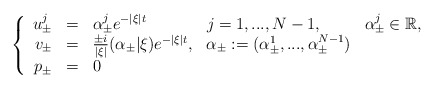
\begin{align*} \left\{\begin{array}{rclll}u_\pm^j & = & \alpha^j_\pm e^{-|\xi| t} & j = 1,...,N-1, & \alpha^j_\pm \in \mathbb{R}, \\v_\pm & = & \frac{\pm i}{|\xi|} (\alpha_\pm|\xi) e^{-|\xi| t}, & \alpha_\pm := (\alpha_\pm^1,...,\alpha_\pm^{N-1}) \\p_\pm & = & 0 \end{array}\right.\end{align*}